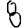
Digit: 8